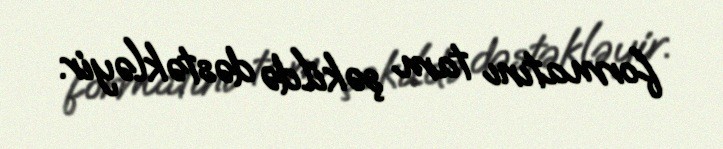
formatını tam şəkildə dəstəkləyir.